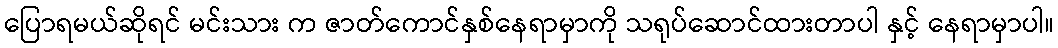
ပြောရမယ်ဆိုရင် မင်းသား က ဇာတ်ကောင်နှစ်နေရာမှာကို သရုပ်ဆောင်ထားတာပါ နှင့် နေရာမှာပါ။